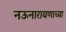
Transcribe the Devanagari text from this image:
नऊनारायणाच्या